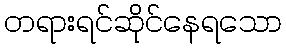
တရားရင်ဆိုင်နေရသော